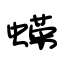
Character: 蝾